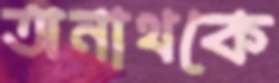
অনাথকে